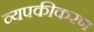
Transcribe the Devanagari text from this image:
व्यपकीकरण